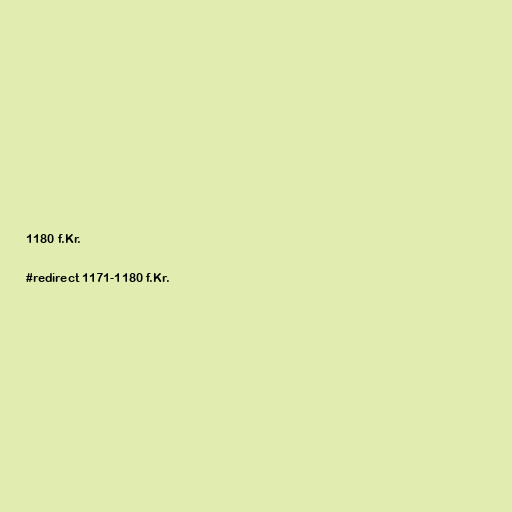
1180 f.Kr.

#redirect 1171-1180 f.Kr.